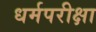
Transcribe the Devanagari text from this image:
धर्मपरीक्षा